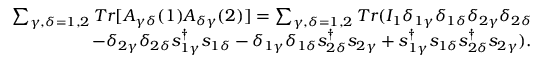
\begin{array} { r } { { \sum _ { \gamma , \delta = 1 , 2 } T r [ A _ { \gamma \delta } ( 1 ) A _ { \delta \gamma } ( 2 ) ] = \sum _ { \gamma , \delta = 1 , 2 } T r ( I _ { 1 } \delta _ { 1 \gamma } \delta _ { 1 \delta } \delta _ { 2 \gamma } \delta _ { 2 \delta } } } \\ { { - \delta _ { 2 \gamma } \delta _ { 2 \delta } s _ { 1 \gamma } ^ { \dagger } s _ { 1 \delta } - \delta _ { 1 \gamma } \delta _ { 1 \delta } s _ { 2 \delta } ^ { \dagger } s _ { 2 \gamma } + s _ { 1 \gamma } ^ { \dagger } s _ { 1 \delta } s _ { 2 \delta } ^ { \dagger } s _ { 2 \gamma } ) } . } \end{array}